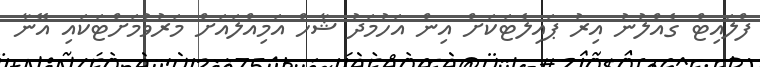
ފްލައިޓް ގެއްލުނު އިރު ޕައިލެޓަކަށް އިން އަހުމަދު ޝާހް އަމިއްލައަށް މަރުވުމަށްޓަކައި އޭނާ